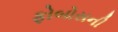
ફોબોસની